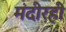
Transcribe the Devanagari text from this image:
मंदीरही